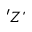
' Z ’